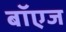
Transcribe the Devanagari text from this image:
बॉएज